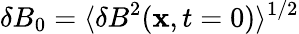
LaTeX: \delta B_{0}=\langle\delta B^{2}({\mathbf x},t=0)\rangle^{1/2}